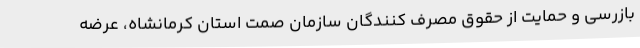
بازرسی و حمایت از حقوق مصرف‌ کنندگان سازمان صمت استان کرمانشاه، عرضه